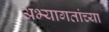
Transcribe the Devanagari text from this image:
अभ्यागतांच्या